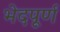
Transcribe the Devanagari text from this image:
भेदपूर्ण